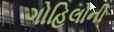
ગોહિલોની